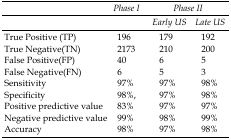
<table><thead><tr><td></td><td><b>Phase I</b></td><td colspan="2"><b>Phase II</b></td></tr><tr><td></td><td></td><td><b>Early US</b></td><td><b>Late US</b></td></tr></thead><tbody><tr><td>True Positive (TP)</td><td>196</td><td>179</td><td>192</td></tr><tr><td>True Negative(TN)</td><td>2173</td><td>210</td><td>200</td></tr><tr><td>False Positive(FP)</td><td>40</td><td>6</td><td>5</td></tr><tr><td>False Negative(FN)</td><td>6</td><td>5</td><td>3</td></tr><tr><td>Sensitivity</td><td>97%</td><td>97%</td><td>98%</td></tr><tr><td>Specificity</td><td>98%,</td><td>97%</td><td>98%</td></tr><tr><td>Positive predictive value</td><td>83%</td><td>97%</td><td>97%</td></tr><tr><td>Negative predictive value</td><td>99%</td><td>98%</td><td>99%</td></tr><tr><td>Accuracy</td><td>98%</td><td>97%</td><td>98%</td></tr></tbody></table>